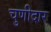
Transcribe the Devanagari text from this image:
चुणीदार